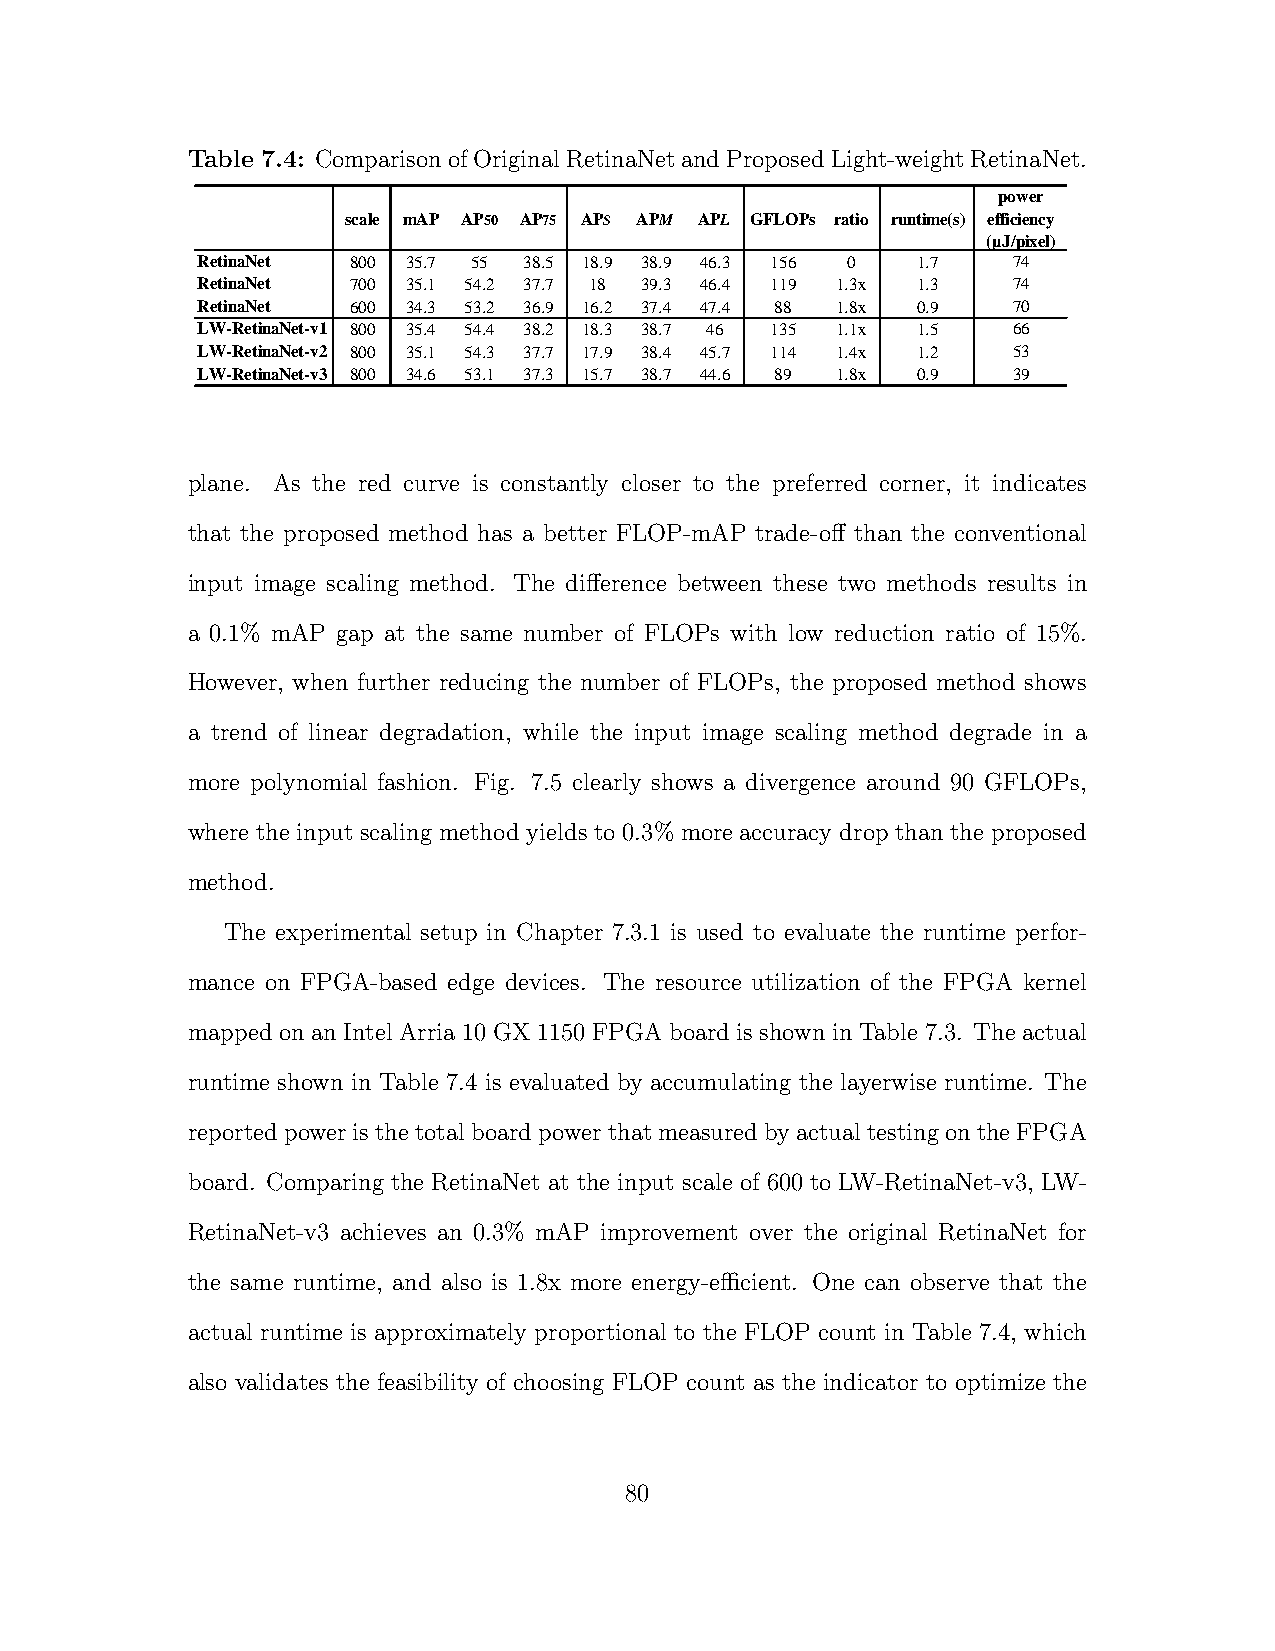
Table 7.4: ComparisonofOriginalRetinaNetandProposedLight-weightRetinaNet.
 power
 scale mAP AP50 AP75 APS APM APL GFLOPs ratio runtime(s) efficiency
 (µJ/pixel)
 RetinaNet 800 35.7 55 38.5 18.9 38.9 46.3 156 0 1.7   74
 RetinaNet 700 35.1 54.2 37.7 18 39.3 46.4 119 1.3x 1.3 74
 RetinaNet 600 34.3 53.2 36.9 16.2 37.4 47.4 88 1.8x 0.9 70
 LW-RetinaNet-v1 800 35.4 54.4 38.2 18.3 38.7 46 135 1.1x 1.5 66
 LW-RetinaNet-v2 800 35.1 54.3 37.7 17.9 38.4 45.7 114 1.4x 1.2 53
 LW-RetinaNet-v3 800 34.6 53.1 37.3 15.7 38.7 44.6 89 1.8x 0.9 39
 plane. As the red curve is constantly closer to the preferred corner, it indicates
 that the proposed method has a better FLOP-mAP trade-off than the conventional
 input image scaling method. The difference between these two methods results in
 a 0.1% mAP gap at the same number of FLOPs with low reduction ratio of 15%.
 However, when further reducing the number of FLOPs, the proposed method shows
 a trend of linear degradation, while the input image scaling method degrade in a
 more polynomial fashion. Fig. 7.5 clearly shows a divergence around 90 GFLOPs,
 where the input scaling method yields to 0.3% more accuracy drop than the proposed
 method.
 The experimental setup in Chapter 7.3.1 is used to evaluate the runtime perfor-
 mance on FPGA-based edge devices. The resource utilization of the FPGA kernel
 mapped on an Intel Arria 10 GX 1150 FPGA board is shown in Table 7.3. The actual
 runtime shown in Table 7.4 is evaluated by accumulating the layerwise runtime. The
 reportedpoweristhetotalboardpowerthatmeasuredbyactualtestingontheFPGA
 board. Comparing the RetinaNet at the input scale of 600 to LW-RetinaNet-v3, LW-
 RetinaNet-v3 achieves an 0.3% mAP improvement over the original RetinaNet for
 the same runtime, and also is 1.8x more energy-efficient. One can observe that the
 actual runtime is approximately proportional to the FLOP count in Table 7.4, which
 also validates the feasibility of choosing FLOP count as the indicator to optimize the
 80